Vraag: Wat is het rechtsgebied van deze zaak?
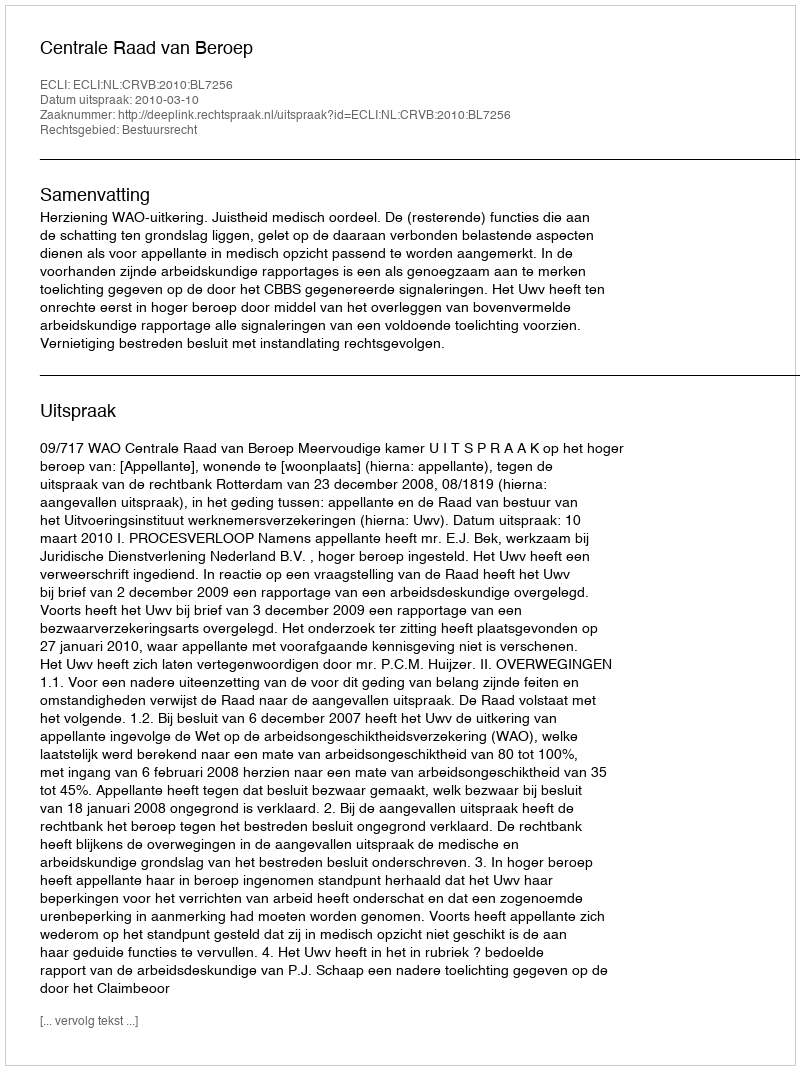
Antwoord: Bestuursrecht